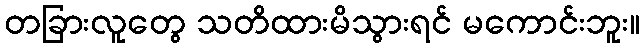
တခြားလူတွေ သတိထားမိသွားရင် မကောင်းဘူး။